Vaccination in Bombay 1869-1873 - 1869-1873
Year: 1869
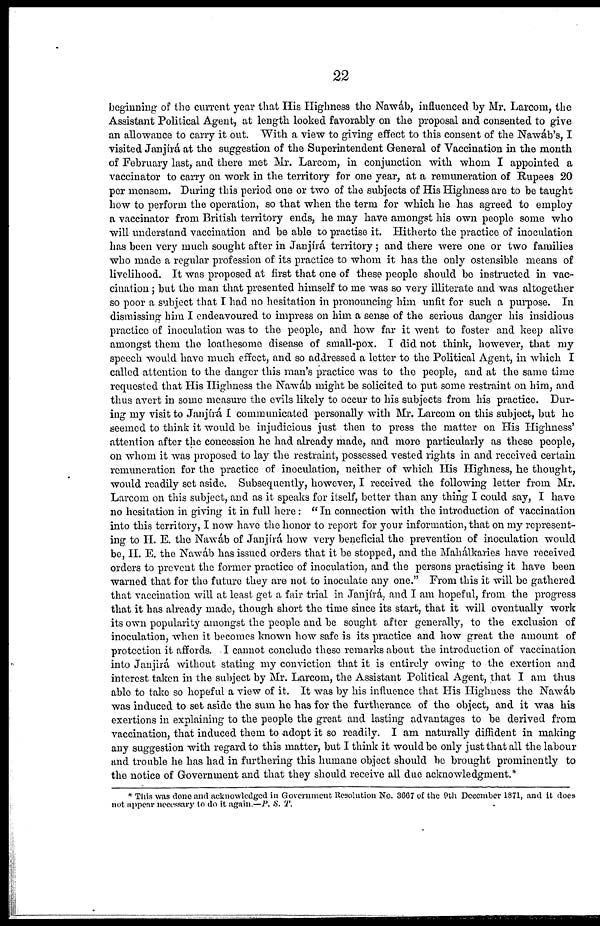
22
beginning of the current year that His Highness the Nawáb, influenced by Mr. Larcom, the
Assistant Political Agent, at length looked favorably on the proposal and consented to give
an allowance to carry it out. With a view to giving effect to this consent of the Nawáb's, I
visited Janjírá at the suggestion of the Superintendent General of Vaccination in the month
of February last, and there met Mr. Larcom, in conjunction with whom I appointed a
vaccinator to carry on work in the territory for one year, at a remuneration of Rupees 20
per mensem. During this period one or two of the subjects of His Highness are to be taught
how to perform the operation, so that when the term for which he has agreed to employ
a vaccinator from British territory ends, he may have amongst his own people some who
will understand vaccination and be able to practise it. Hitherto the practice of inoculation
has been very much sought after in Janjírá territory ; and there were one or two families
who made a regular profession of its practice to whom it has the only ostensible means of
livelihood. It was proposed at first that one of these people should be instructed in vac-
cination ; but the man that presented himself to me was so very illiterate and was altogether
so poor a subject that I had no hesitation in pronouncing him unfit for such a purpose. In
dismissing him I endeavoured to impress on him a sense of the serious danger his insidious
practice of inoculation was to the people, and how far it went to foster and keep alive
amongst them the loathesome disease of small-pox. I did not think, however, that my
speech would have much effect, and so addressed a letter to the Political Agent, in which I
called attention to the danger this man's practice was to the people, and at the same time
requested that His Highness the Nawáb might be solicited to put some restraint on him, and
thus avert in some measure the evils likely to occur to his subjects from his practice. Dur-
ing my visit to Janjírá I communicated personally with Mr. Larcom on this subject, but he
seemed to think it would be injudicious just then to press the matter on His Highness'
attention after the concession he had already made, and more particularly as these people,
on whom it was proposed to lay the restraint, possessed vested rights in and received certain
remuneration for the practice of inoculation, neither of which His Highness, he thought,
would readily set aside. Subsequently, however, I received the following letter from Mr.
Larcom on this subject, and as it speaks for itself, better than any thing I could say, I have
no hesitation in giving it in full here: " In connection with the introduction of vaccination
into this territory, I now have the honor to report for your information, that on my represent-
ing to H. E. the Nawáb of Janjirá how very beneficial the prevention of inoculation would
be, H. E. the Nawáb has issued orders that it be stopped, and the Mahálkaries have received
orders to prevent the former practice of inoculation, and the persons practising it have been
warned that for the future they are not to inoculate any one." From this it will be gathered
that vaccination will at least get a fair trial in Janjírá, and I am hopeful, from the progress
that it has already made, though short the time since its start, that it will eventually work
its own popularity amongst the people and be sought after generally, to the exclusion of
inoculation, when it becomes known how safe is its practice and how great the amount of
protection it affords. I cannot conclude these remarks about the introduction of vaccination
into Janjirá without stating my conviction that it is entirely owing to the exertion and
interest taken in the subject by Mr. Larcom, the Assistant Political Agent, that I am thus
able to take so hopeful a view of it. It was by his influence that His Highness the Nawáb
was induced to set aside the sum he has for the furtherance of the object, and it was his
exertions in explaining to the people the great and lasting advantages to be derived from
vaccination, that induced them to adopt it so readily. I am naturally diffident in making
any suggestion with regard to this matter, but I think it would be only just that all the labour
and trouble he has had in furthering this humane object should be brought prominently to
the notice of Government and that they should receive all due acknowledgment.*
* This was done and acknowledged in Government Resolution No. 3667 of the 9th December 1871, and it does
not appear necessary to do it again.—P. S. T.